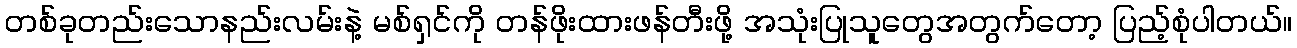
တစ်ခုတည်းသောနည်းလမ်းနဲ့ မစ်ရှင်ကို တန်ဖိုးထားဖန်တီးဖို့ အသုံးပြုသူတွေအတွက်တော့ ပြည့်စုံပါတယ်။